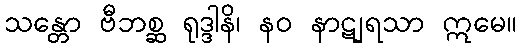
သန္တော ဗီဘစ္ဆ ရုဒ္ဒါနိ၊ နဝ နာဋျရသာ ဣမေ။